Virumaa_algkoolid, lk 23
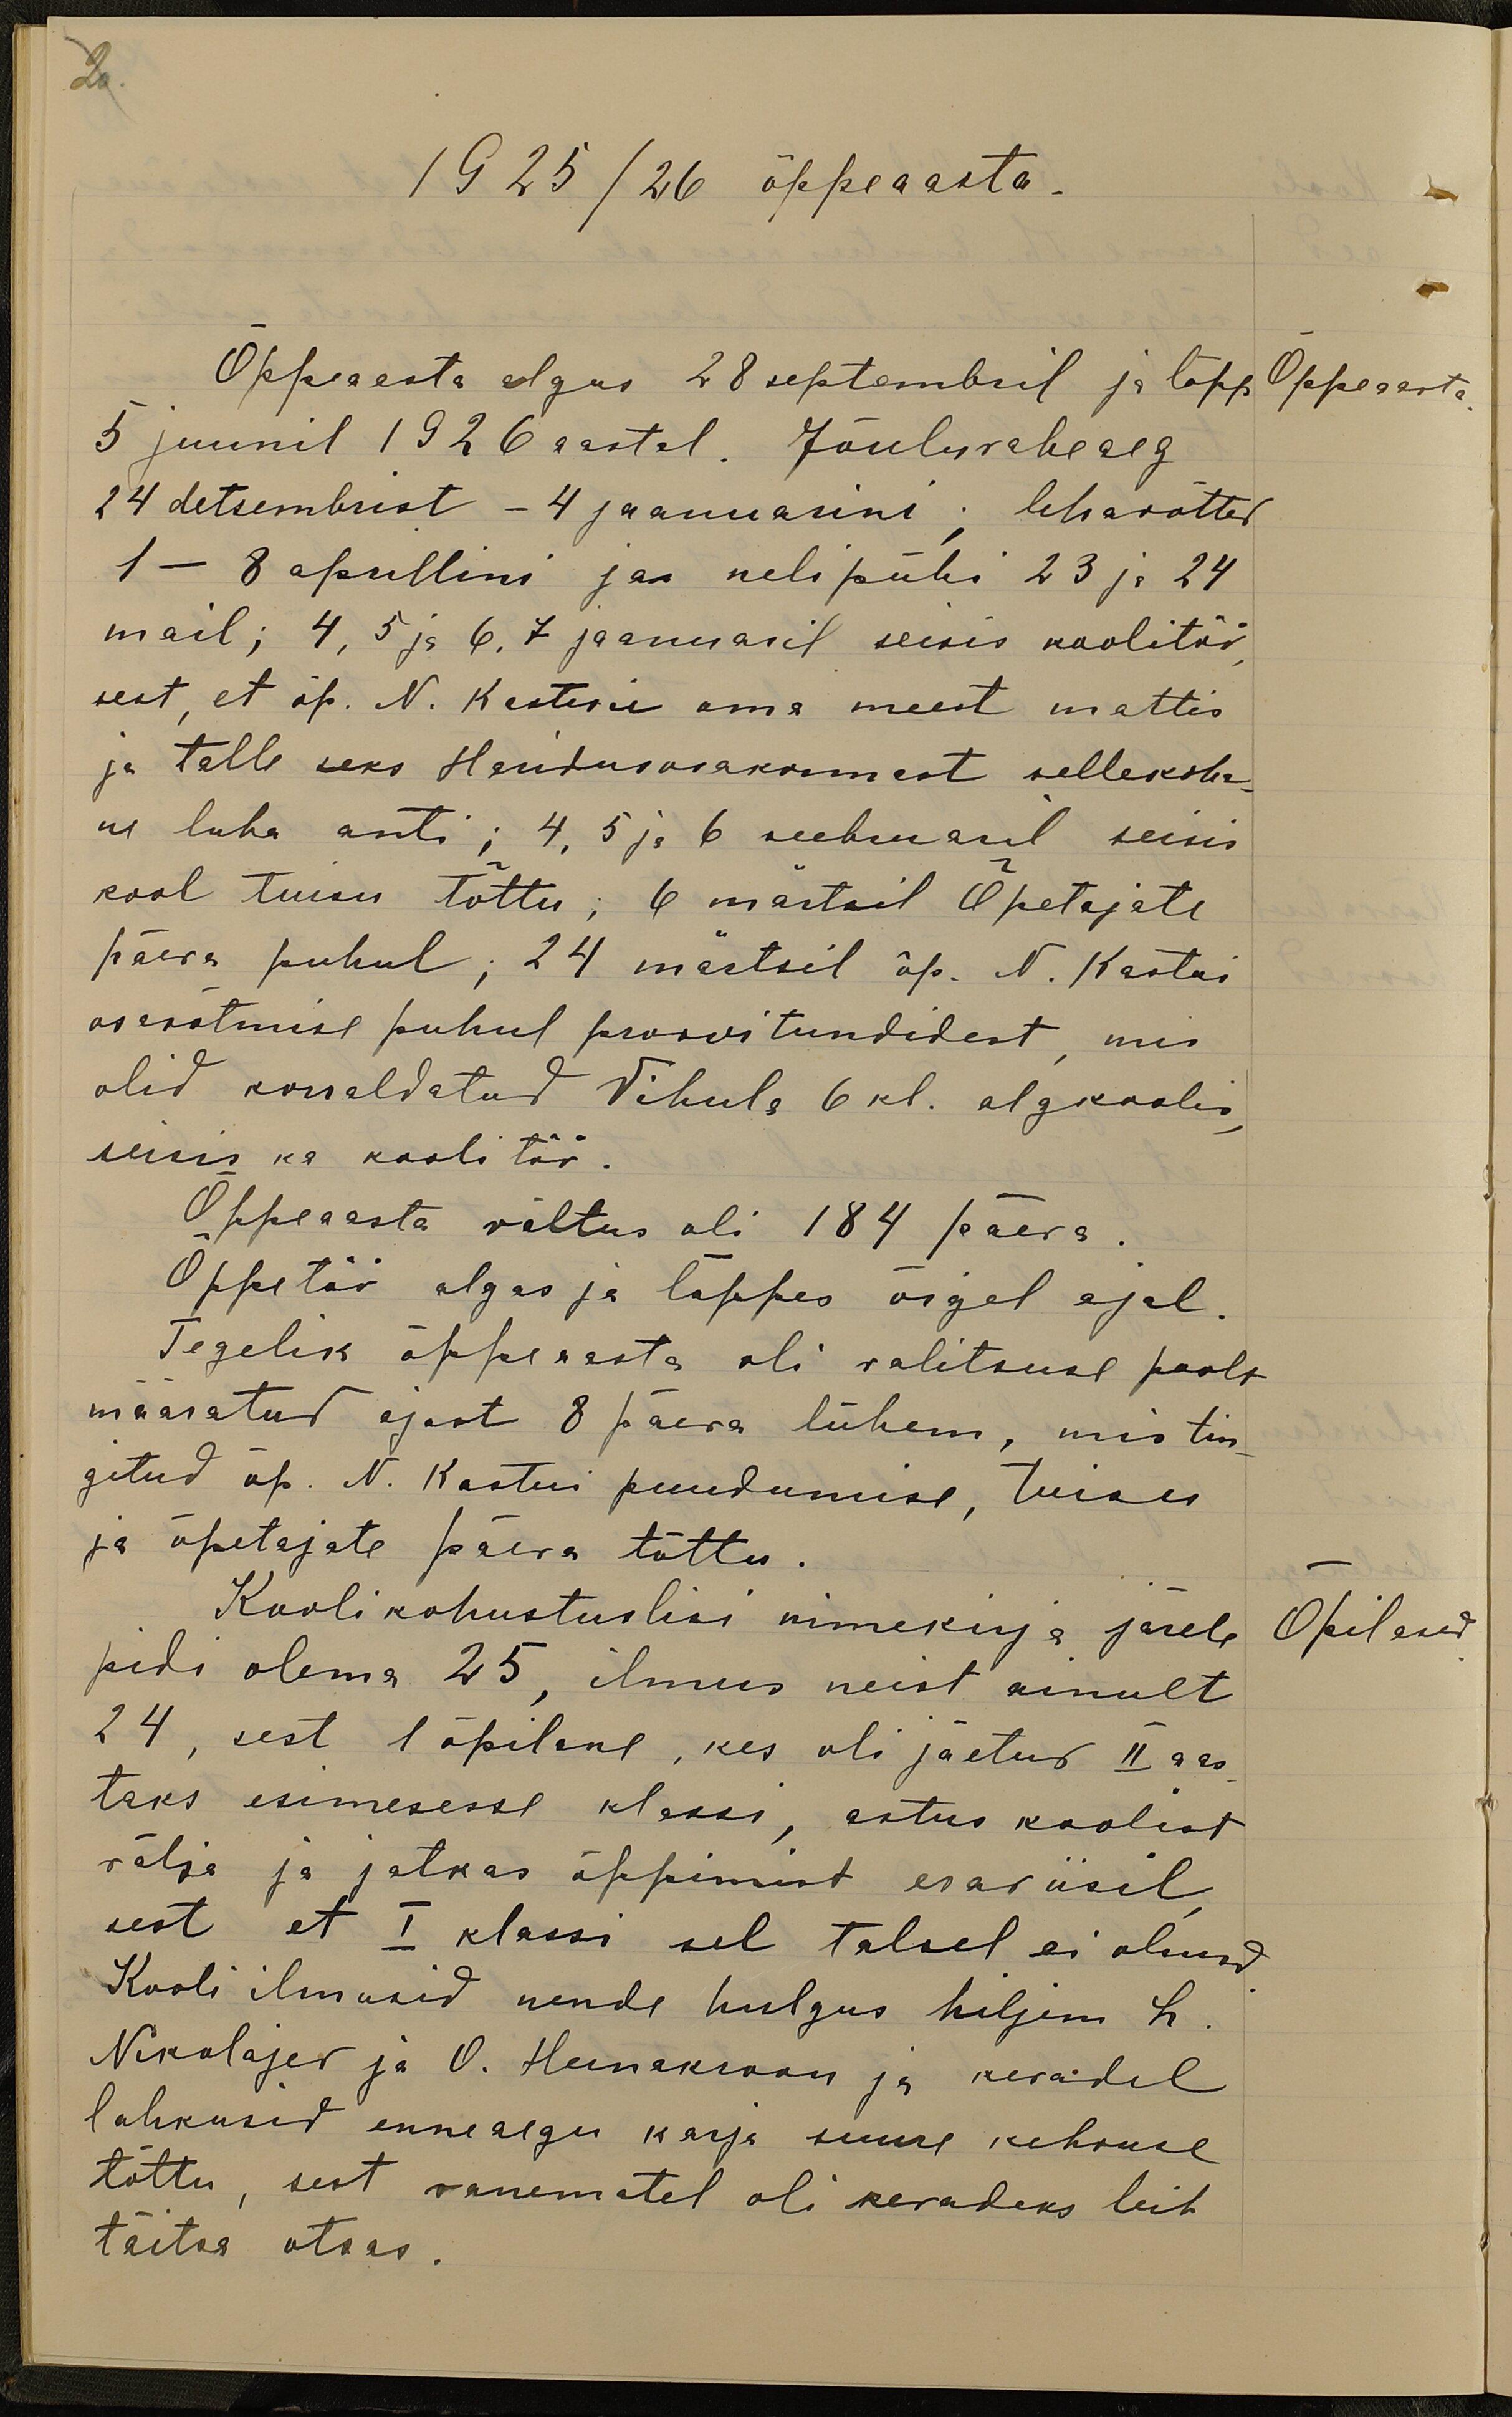
20
1925/26 õppeaasta
Õppeaasta algus 28 septembril ja lõpp
Õppeaasta
5 juunil 1926 aastal. Jõuluvaheaeg
24 detsembrist - 4 jaanuarini; lihavõtted
1 - 8 aprillini jaa nelipühi 23 ja 24
mail; 4, 5 ja 6, 7 jaanuaril seisis koolitöö
sest, et õp. N. Kastni oma meest mattis
ja talle seks Haridusosakonnast sellekoha-
ne luba anti; 4, 5 ja 6 veebruaril seisis
kool tuisu tõttu: 6 märtsil Õpetajate
päeva puhul; 24 märtsil õp. N. Kastni
osavõtmise puhul proovitundidest mis
olid korraldatud Vihula 6 kl. algkoolis
seisis ka kooli töö.
Õppeaasta vältus oli 184 päeva.
Õppetäi algas ja lõppes õigel ajal.
Tegelik õppeaasta oli valitsuse poolt
määratud ajast 8 päeva lühem, mis tin-
gitud õp. N. Kastni puudumise, tuisu
ja õpetajate päeva tõttu.
Kooli kohustuslisi nimekirja järele
Õpilased
pidi olema 25, ilmus neist ainult
24, sest 1 õpilane, kes oli jäetud II aas-
taks esimesesse klaasa, astus koolist
välja ja jätkas õppimist eraviisil
sest et I klassi sel talvel ei olnud
Kooli ilmusid nende hulgus hiljem L.
Nikolajev ja O. Heinakroon ja kevadel
lahkusid enneaegu karja suure kehvuse
tõttu, sest vanematel oli kevadeks leib-
täitsa otsas.